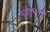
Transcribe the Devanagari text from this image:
पूर्वापारच्या